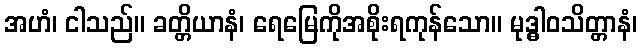
အဟံ၊ ငါသည်။ ခတ္တိယာနံ၊ ရေမြေကိုအစိုးရကုန်သော။ မုဒ္ဓါဝသိတ္တာနံ၊